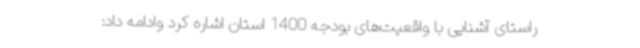
راستای آشنایی با واقعیت‌های بودجه 1400 استان اشاره کرد وادامه داد: